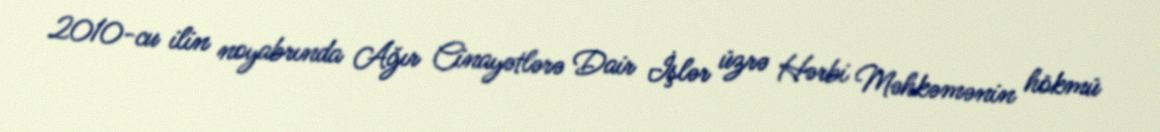
2010-cu ilin noyabrında Ağır Cinayətlərə Dair İşlər üzrə Hərbi Məhkəmənin hökmü